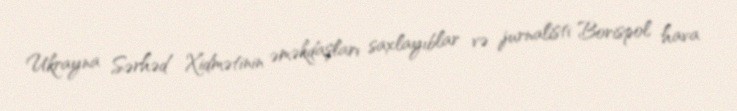
Ukrayna Sərhəd Xidmətinin əməkdaşları saxlayıblar və jurnalisti Borispol hava